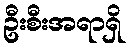
ဦးစီးအရာရှိ